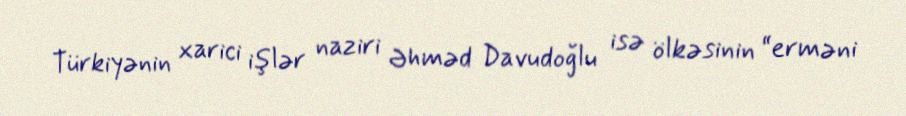
Türkiyənin xarici işlər naziri Əhməd Davudoğlu isə ölkəsinin “erməni